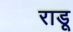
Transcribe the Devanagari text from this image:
राडू